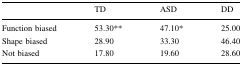
|  | TD | ASD | DD |
 | --- | --- | --- | --- |
 | Function biased | 53.30** | 47.10* | 25.00 |
 | Shape biased | 28.90 | 33.30 | 46.40 |
 | Not biased | 17.80 | 19.60 | 28.60 |